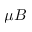
\mu B